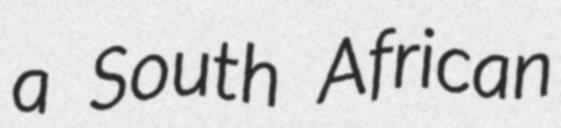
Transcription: a South African